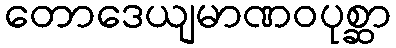
တောဒေယျမာဏဝပုစ္ဆာ